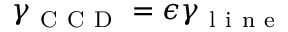
\gamma _ { \mathrm { ~ C ~ C ~ D ~ } } = \epsilon \gamma _ { \mathrm { ~ l ~ i ~ n ~ e ~ } }